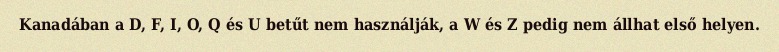
Kanadában a D, F, I, O, Q és U betűt nem használják, a W és Z pedig nem állhat első helyen.